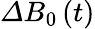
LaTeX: \varDelta B_{0}\left(t\right)